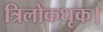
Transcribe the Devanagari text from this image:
त्रिलोकधृक।